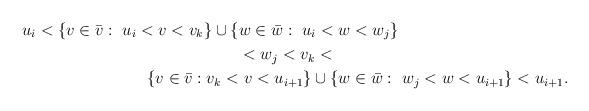
LaTeX: \begin{align*}u_i < \{ v \in \bar{v} : ~u_i < v < v_k \} \cup \{ & w \in \bar{w} : ~u_i < w < w_j \} \\ & < w_j < v_k < \\ \{ v \in \bar{v} : v_k < & ~ v < u_{i+1} \} \cup \{ w \in \bar{w} : ~ w_j < w < u_{i+1} \} < u_{i+1}. \\\end{align*}